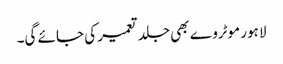
لاہور موٹروے بھی جلد تعمیر کی جائے گی۔